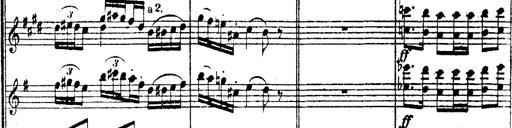
Title: 2 Polonaises
Composer: Franz Liszt